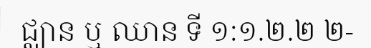
ជ្ឈាន ឬ ឈាន ទី ១:១.២.២ ២-